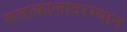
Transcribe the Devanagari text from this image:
सत्ताकालादरम्यान